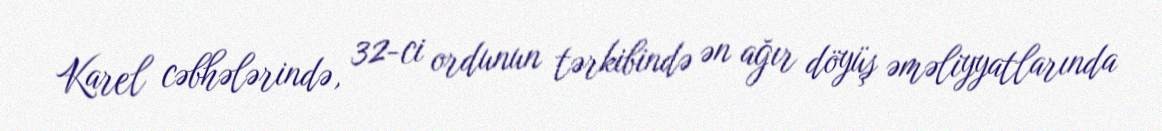
Karel cəbhələrində, 32-ci ordunun tərkibində ən ağır döyüş əməliyyatlarında